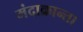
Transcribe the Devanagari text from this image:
मंदाक्रान्ता